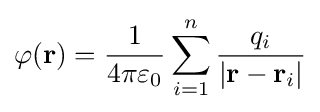
\varphi \mathbf {(r)} ={\frac {1}{4\pi \varepsilon _{0}}}\sum _{i=1}^{n}{\frac {q_{i}}{\left|\mathbf {r} -\mathbf {r} _{i}\right|}}